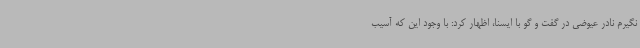
نگیرم نادر عیوضی در گفت و گو با ایسنا، اظهار کرد: با وجود این که آسیب